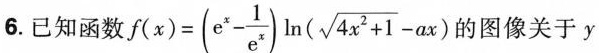
6. 已知函数$$f ( x ) = ( e ^ { x } - \frac { 1 } { e ^ { x } } ) ln